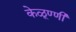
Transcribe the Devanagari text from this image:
केळूण्णी